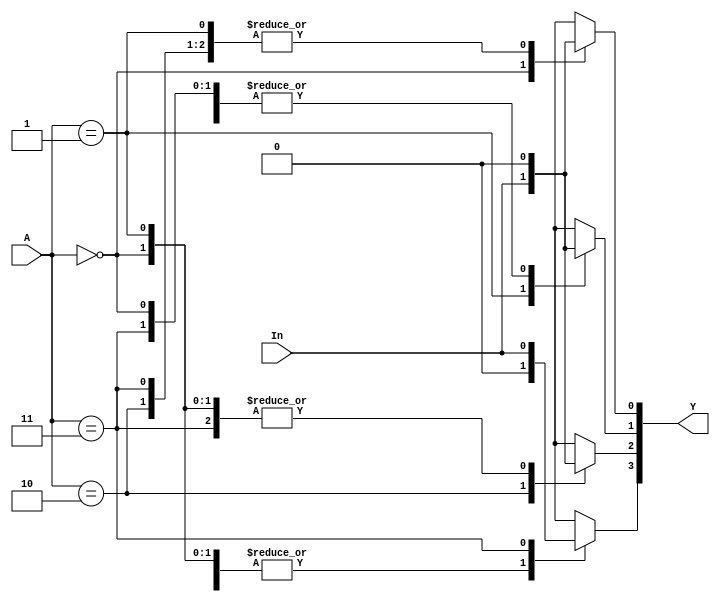
module demux1x4(Y, A, In);
  output reg [3:0] Y; // remove reg for trying the alternative solution
  input      [1:0] A;
  input            In;

always @(Y, A)
begin
  case (A)
    2'b00:
    begin
      Y[0] = In;
      Y[3:1] = 0;
    end

    2'b01:
    begin
      Y[0] = 0;
      Y[1] = In;
      Y[3:2] = 0;
    end

    2'b10:
    begin
      Y[1:0] = 0;
      Y[2] = In;
      Y[3] = 0;
    end

    2'b11:
    begin
      Y[2:0] = 0;
      Y[3] = In;
    end
  endcase
end

/* Alternate style: 
 * assign Y[0] = In & (~A[0]) & (~A[1]);
 * assign Y[1] = In & (A[0]) & (~A[1]);
 * assign Y[2] = In & (~A[0]) & (A[1]);
 * assign Y[3] = In & (A[0]) & (A[1]);
 */

endmodule